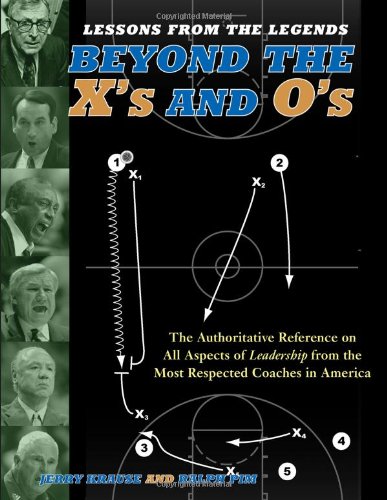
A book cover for Lessons from the Legends: Beyond the X's and O's; Jerry Krause; Sports & Outdoors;